Tezpur Lunatic Asylum reports 1877-1894 - 1877-1894
Year: 1877
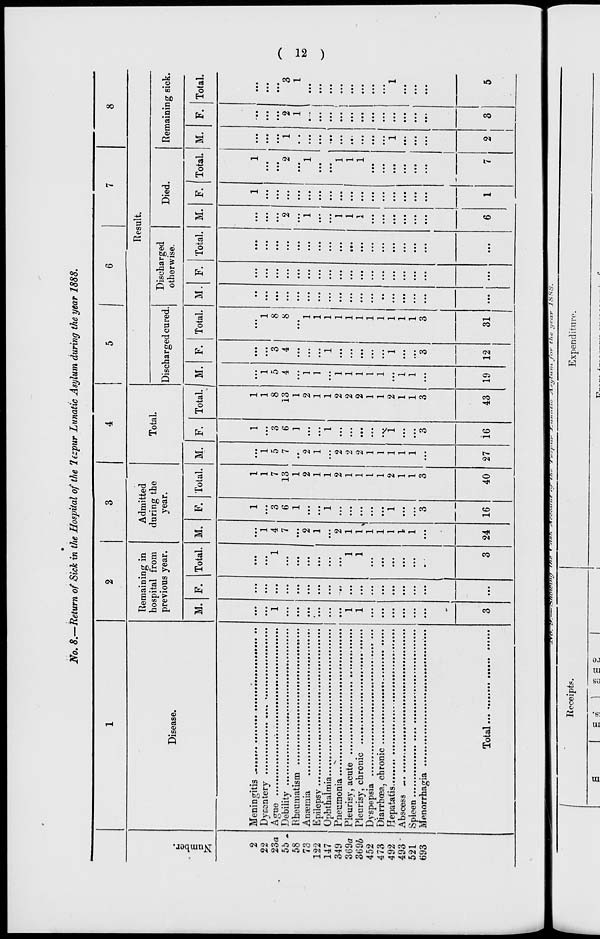
No. 8.—Return of Sick in the Hospital of the liz-pur Lunatic Asylum during the year 1888.
1
2
3
4
5
6
7
8
Remaining in
hospital from
Admitted
during the
Total.
Result.
Discharged
otherwise.
c
Disease.
previous year.
year.
Discharged cured
Died •
Remaining sick.
£
0
M. F. Total. M.
F. Total. M. F. Total. M. F. Total. M. F. Total. M. F. Total. M. F. Total.
fc
7
2
1
1
1
I
1
1
22
...
...
i ...
1
1 ...
I
1 ...
1 ... ...
...
...
...
...
...
...
...
23a A<T*J<
Debi
Rhei
1
...
1
...
4
7
3
6
1
7
13
1
0
7
3
6
1
8
13
1
0
4
3
4
8
8 ... ...
...
2 ...
*2
1
2
1
3
1
>-
55 -
litv
58
73
Ange
Knil*
•••
...
...
2
1
...
2
1
2
1
...
2
1
1
1
...
...
...
1 ...
... 1
...
tc
122
,
1
147
...
...
1
1
1
1
1
...
•..
...
...
...
. ... j .'..'
^
349
Pnei:
Pleui
Plem
1
1
"
1
1
2
1
1,
...
2
1
1
2
2
2
2
2
2
1
1
1
:::
•••
1
1
1
...
1
1
1
...
i
...
,
369a
3696
452
...
...
1 ...
I
1 ...
1
1 ...
...
...
...
...
...
...
...
...
...
473
...
...
1 ...
1
1 •v.
1
1 ...
..
...
...
...
...
...
...
...
...
492
...
...
1
1
2
1
1
2 ...
1
...
...
...
...
...
...
1 ...
1
493
...
...
I ...
1
1 ...
1
1 ...
...
...
...
...
...
...
...
...
...
521
...
...
1 ... I
1
1 ...
1
1 ...
...
...
...
...
...
...
...
... i
...
693
-
3
3
3
3
3
3
...
• _
3 ...
3 24 16
40 27 i6
43 19 12
31 ... ...
...
6
1
7
2
3
5
Receipts.
...
rr.<;/t ^i/*rrt//wr r-»/ t./tf
Expenditure.
6
Balsas
i
TP
i
.
__ - -J.
tf